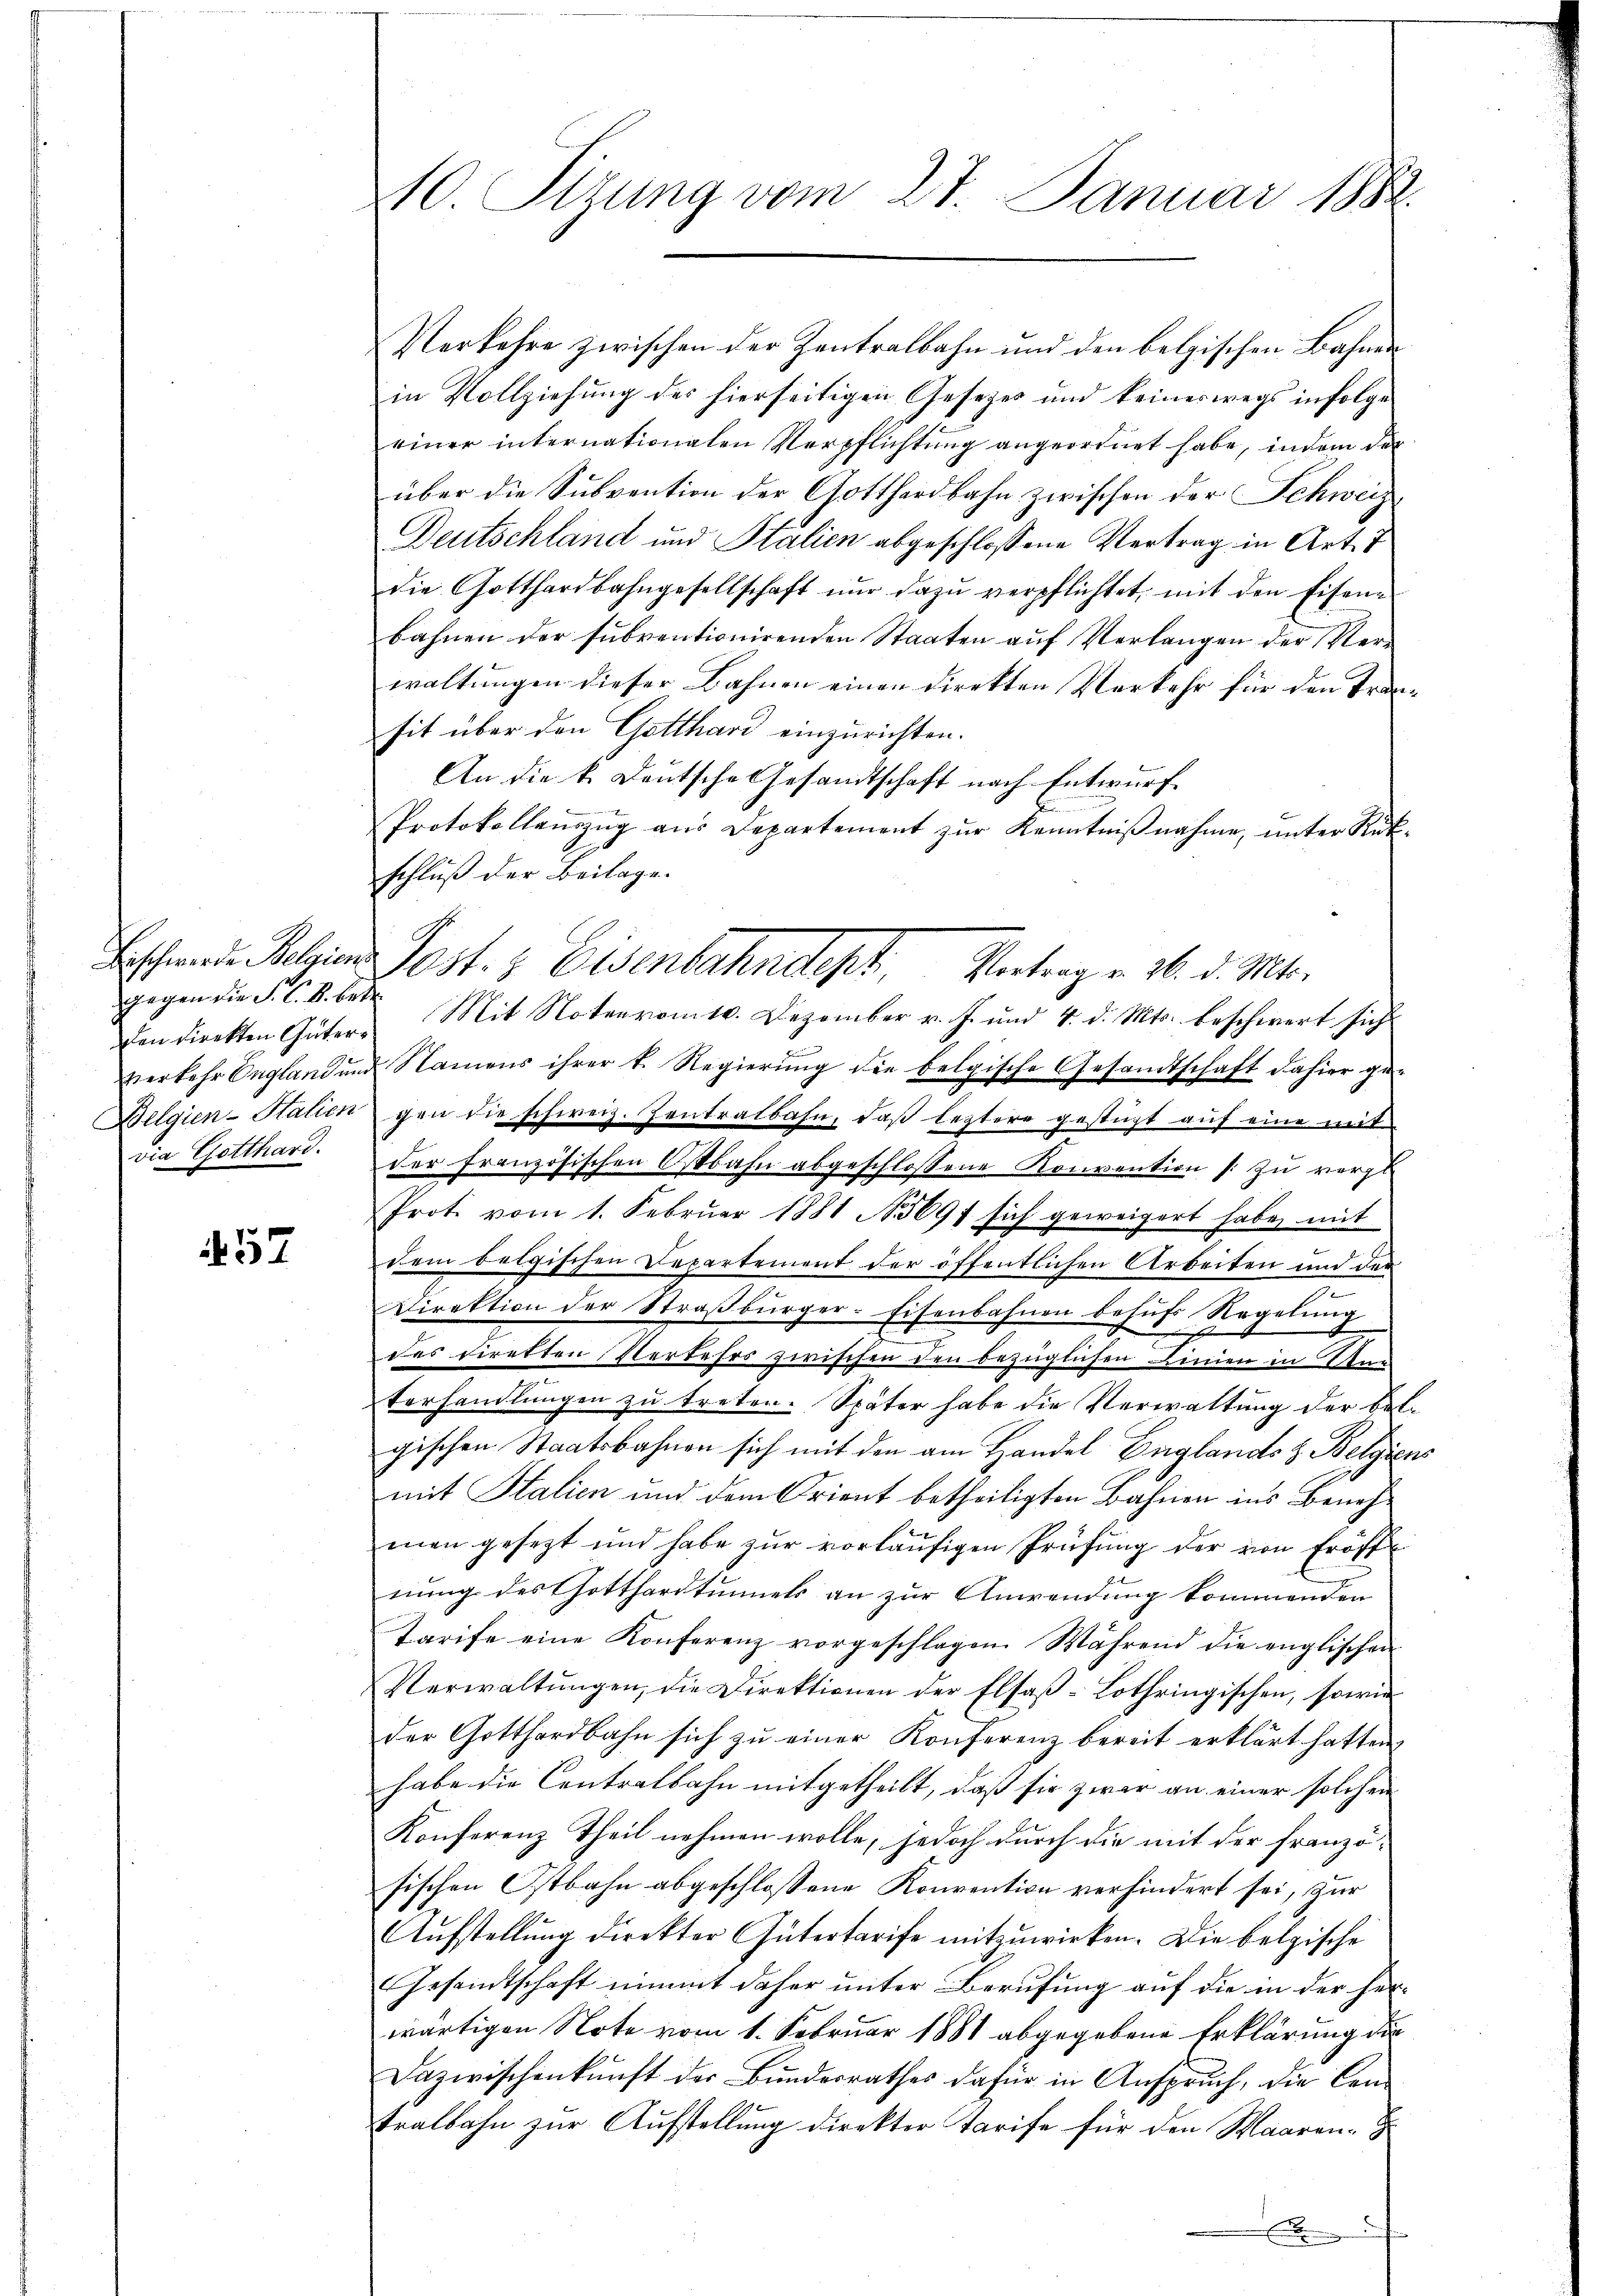
Beschwerde Belgien
gegen die K. K. B. betr
Belgien-Italien

57

10. Sizung vom 27. Januar 1890.

Verkehre zwischen der Zentralbahn und den belgischen Bahnen
in Vollziehung des hierseitigen Gesetzes und keineswegs infolge
einer internationalen Verpflichtung angeordnet habe, indem der
über die Subvention der Gotthardbahn zwischen der Schweiz,
Deutschland und Stalien abgeschlossene Vertrag in Art. 7
die Gotthardbahngesellschaft nŭr dazŭ verpflichtet, mit den Eisen-
bahnen der subventionirenden Staaten auf Verlangen der Verwaltungen dieser Bahnen einen Direkten Verkehr für den Transit über den Gotthard einzurichten.
An die k. Deutsche Gesandtschaft nach Entwurf.
Protokollauszug aus Departement zŭr Kenntniβnahme, unter Rükschluß der Beilage.
den direkten Güter Mit Noter vom 10. Dezember v. J. und 4. d. Mts. beschwert sich
verkehr England und Namens ihrer k. Regierung die belgische Gesandtschaft dahier ge-
gen die schweiz. Zentralbahn, daß leztere gestüzt auf eine mit
die Gotthard der französischen Ostbahn abgeschlossene Konvention (: zu vergl
Prot vom 1. Februar 1881 697 sich geweigert habe, mit
dem belgischen Departement der öffentlichen Arbeiten und der
Direktion der Straβbürger-Eisenbahnen behufs Regelung
b
des Direkten Kerkehrs zwischen den bezüglichen Linien in Unterhandlungen zu treten. Später habe die Verwaltung der Belgischen Staatsbahnen sich mit den am Handel Englands z. Belgiens
mit Italien und dem Orient betheiligten Bahnen ins Benehman gesezt und habe zur vorläufigen Prüfung der von Eröff
u
nung des Gotthardtunnels an zur Anwendung kommenden
Tarife eine Konferenz vorgeschlagen. Während die englischen
Verwaltŭngen, die Direktionen der Elsaβ-Lothringischen, sowie
der Gotthardbahn sich zu einer Konferenz bereit erklärt hatten
habe die Contralbahn mitgetheilt, daß sie zwar an einer solchen
Konferenz Theil nehmen wolle, jedoch durch die mit der französischen Ostbahn abgeschlossene Konvention verhindert sei, zur
Aŭfstellung direkter Gütertarife mitzuwirken. Die belgische
Gesandtschaft nimmt daher ŭnter Berŭfŭng aŭf die in der her-
wärtigen Note vom 1. Februar 1881 abgegebene Erklärung die
Dazwischenkunft der Bŭndesrathes dafür in Ansprŭch, die Cen-
tralbahn zur Aufstellung direkter Tarife für den Waaren-G
.

Post- & Eisenbahndet, Vertrag v. M. d. M.